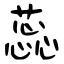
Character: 蕊